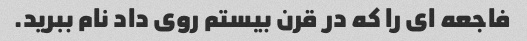
فاجعه ای را که در قرن بیستم روی داد نام ببرید.